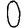
Digit: 0